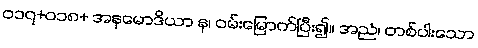
၀၁၇+၀၁၈+ အနုမောဒိယာ န၊ ဝမ်းမြောက်ပြီး၍။ အညံ၊ တစ်ပါးသော